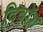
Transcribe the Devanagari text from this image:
दिबॉश